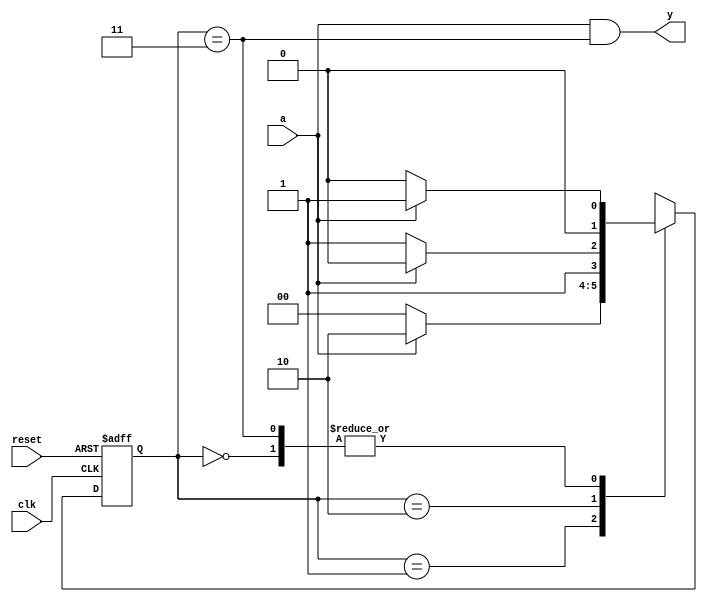
module patternMealy(input  clk, 
                    input  reset, 
                    input  a,
                    output y);

  reg  [1:0] state, nextstate;

  parameter S0 = 2'b00;
  parameter S1 = 2'b01;
  parameter S2 = 2'b10;
  parameter S3 = 2'b11;

  // State Register
  always @(posedge clk, posedge reset)
    if (reset) state <= S0;
    else       state <= nextstate;

  // Next State Logic
  always @(*)
    case (state)
      S0: if (a) nextstate = S1;
          else   nextstate = S0;
      S1: if (a) nextstate = S2;
          else   nextstate = S0;
      S2: if (a) nextstate = S2;
          else   nextstate = S3;
      S3: if (a) nextstate = S1;
          else   nextstate = S0;
      default:   nextstate = S0;
    endcase

  // Output Logic
  assign y = (a & state == S3);
endmodule